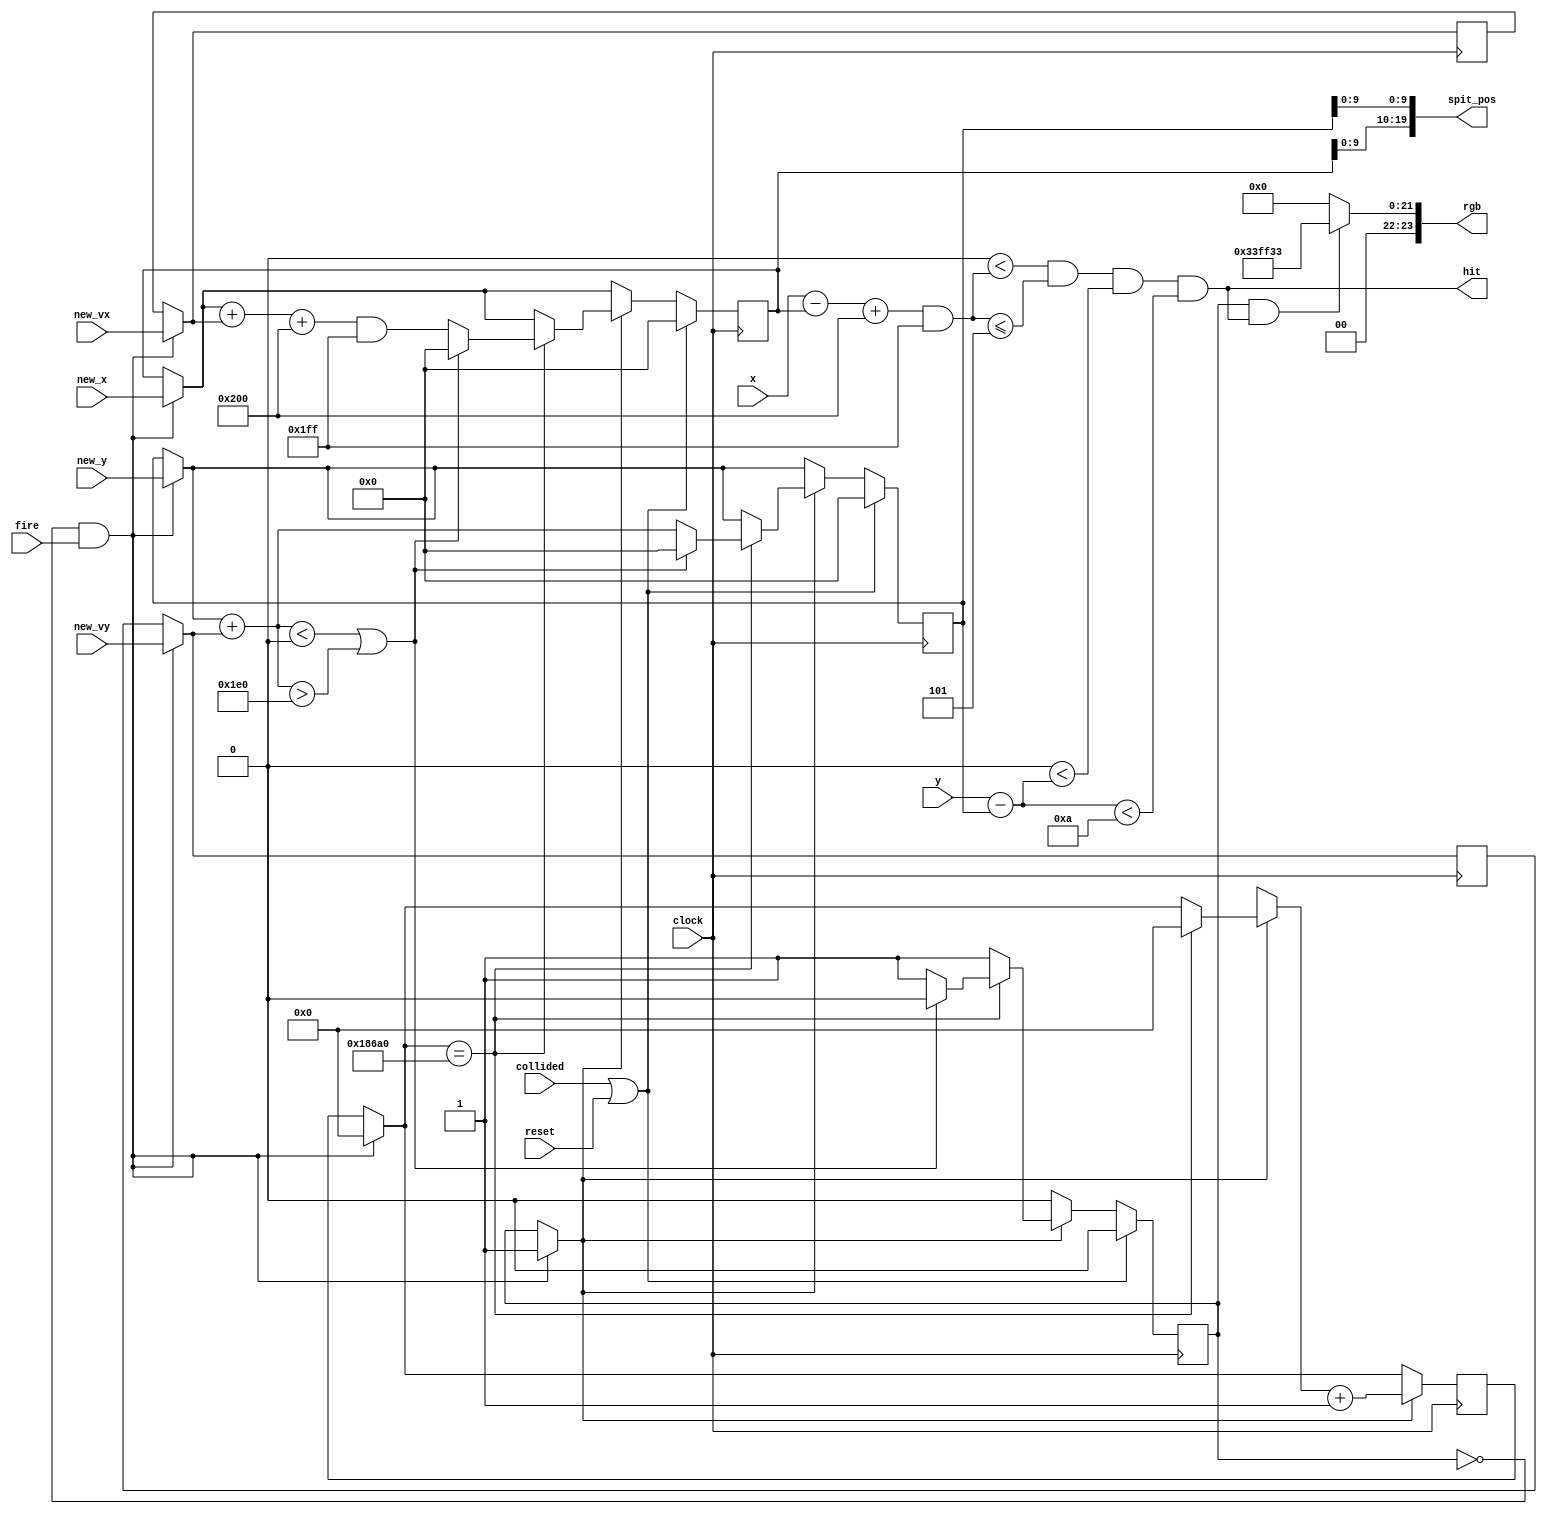
module spit(
	clock,
	reset,
	x, y,
	fire,
	new_x, new_y,
	new_vx, new_vy,
	collided,
	spit_pos,
	rgb,
	hit
);

parameter WIDTH_MASK = 19'd511;

input clock, reset;
input fire;
input signed[18:0] x, y, new_x, new_y, new_vx, new_vy;
input collided;

output [19:0] spit_pos;
output [23:0] rgb;
output hit;

reg state; // 0 not "out there" // 1 "out there"
reg signed [18:0] spit_x, spit_y, spit_vx, spit_vy;
reg [31:0] counter;

assign spit_pos[19:10] = spit_x[9:0];
assign spit_pos[9:0] = spit_y[9:0];

initial begin
	state <= 1'b0;
end

always @(negedge clock) begin
	if(state == 0 && fire) begin
		spit_x = new_x;
		spit_y = new_y;
		spit_vx = new_vx;
		spit_vy = new_vy;
		counter = 32'd0;
		state = 1;
	end
	
	if(state == 1) begin
		if(counter == 100000) begin
			spit_x = (spit_x + spit_vx + 512) & WIDTH_MASK;
			spit_y = spit_y + spit_vy;
			if(spit_y < 0 || spit_y > 480) begin
				spit_x = 0;
				spit_y = 0;
				state = 0;
			end
			counter = 0;
		end
		counter = counter + 1;
	end
	
	if(collided || reset) begin
		spit_x = 0;
		spit_y = 0;
		state = 0;
	end
end

wire signed [18:0] spit_dx, spit_dy;

assign spit_dx = (x - spit_x + 512) & WIDTH_MASK;
assign spit_dy = y-spit_y;

wire hit;
assign hit = (19'd0 < spit_dx) && (spit_dx <= 19'd5) && 
				 (19'd0 < spit_dy) && (spit_dy < 19'd10);
				 
assign rgb = (state == 1 && hit) ? 24'h33ff33 : 24'h000000;

	
endmodule